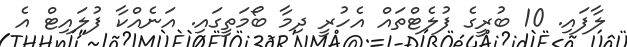
ލާފައި. 10 ބުރީގެ ފުލެޓްތައް އެހުރީ ދިމާ ބޯމަތީގައި. އަނެއްކާ ފުލައިޓް އެ